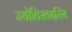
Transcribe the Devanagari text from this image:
ज्योतिस्तदस्मि